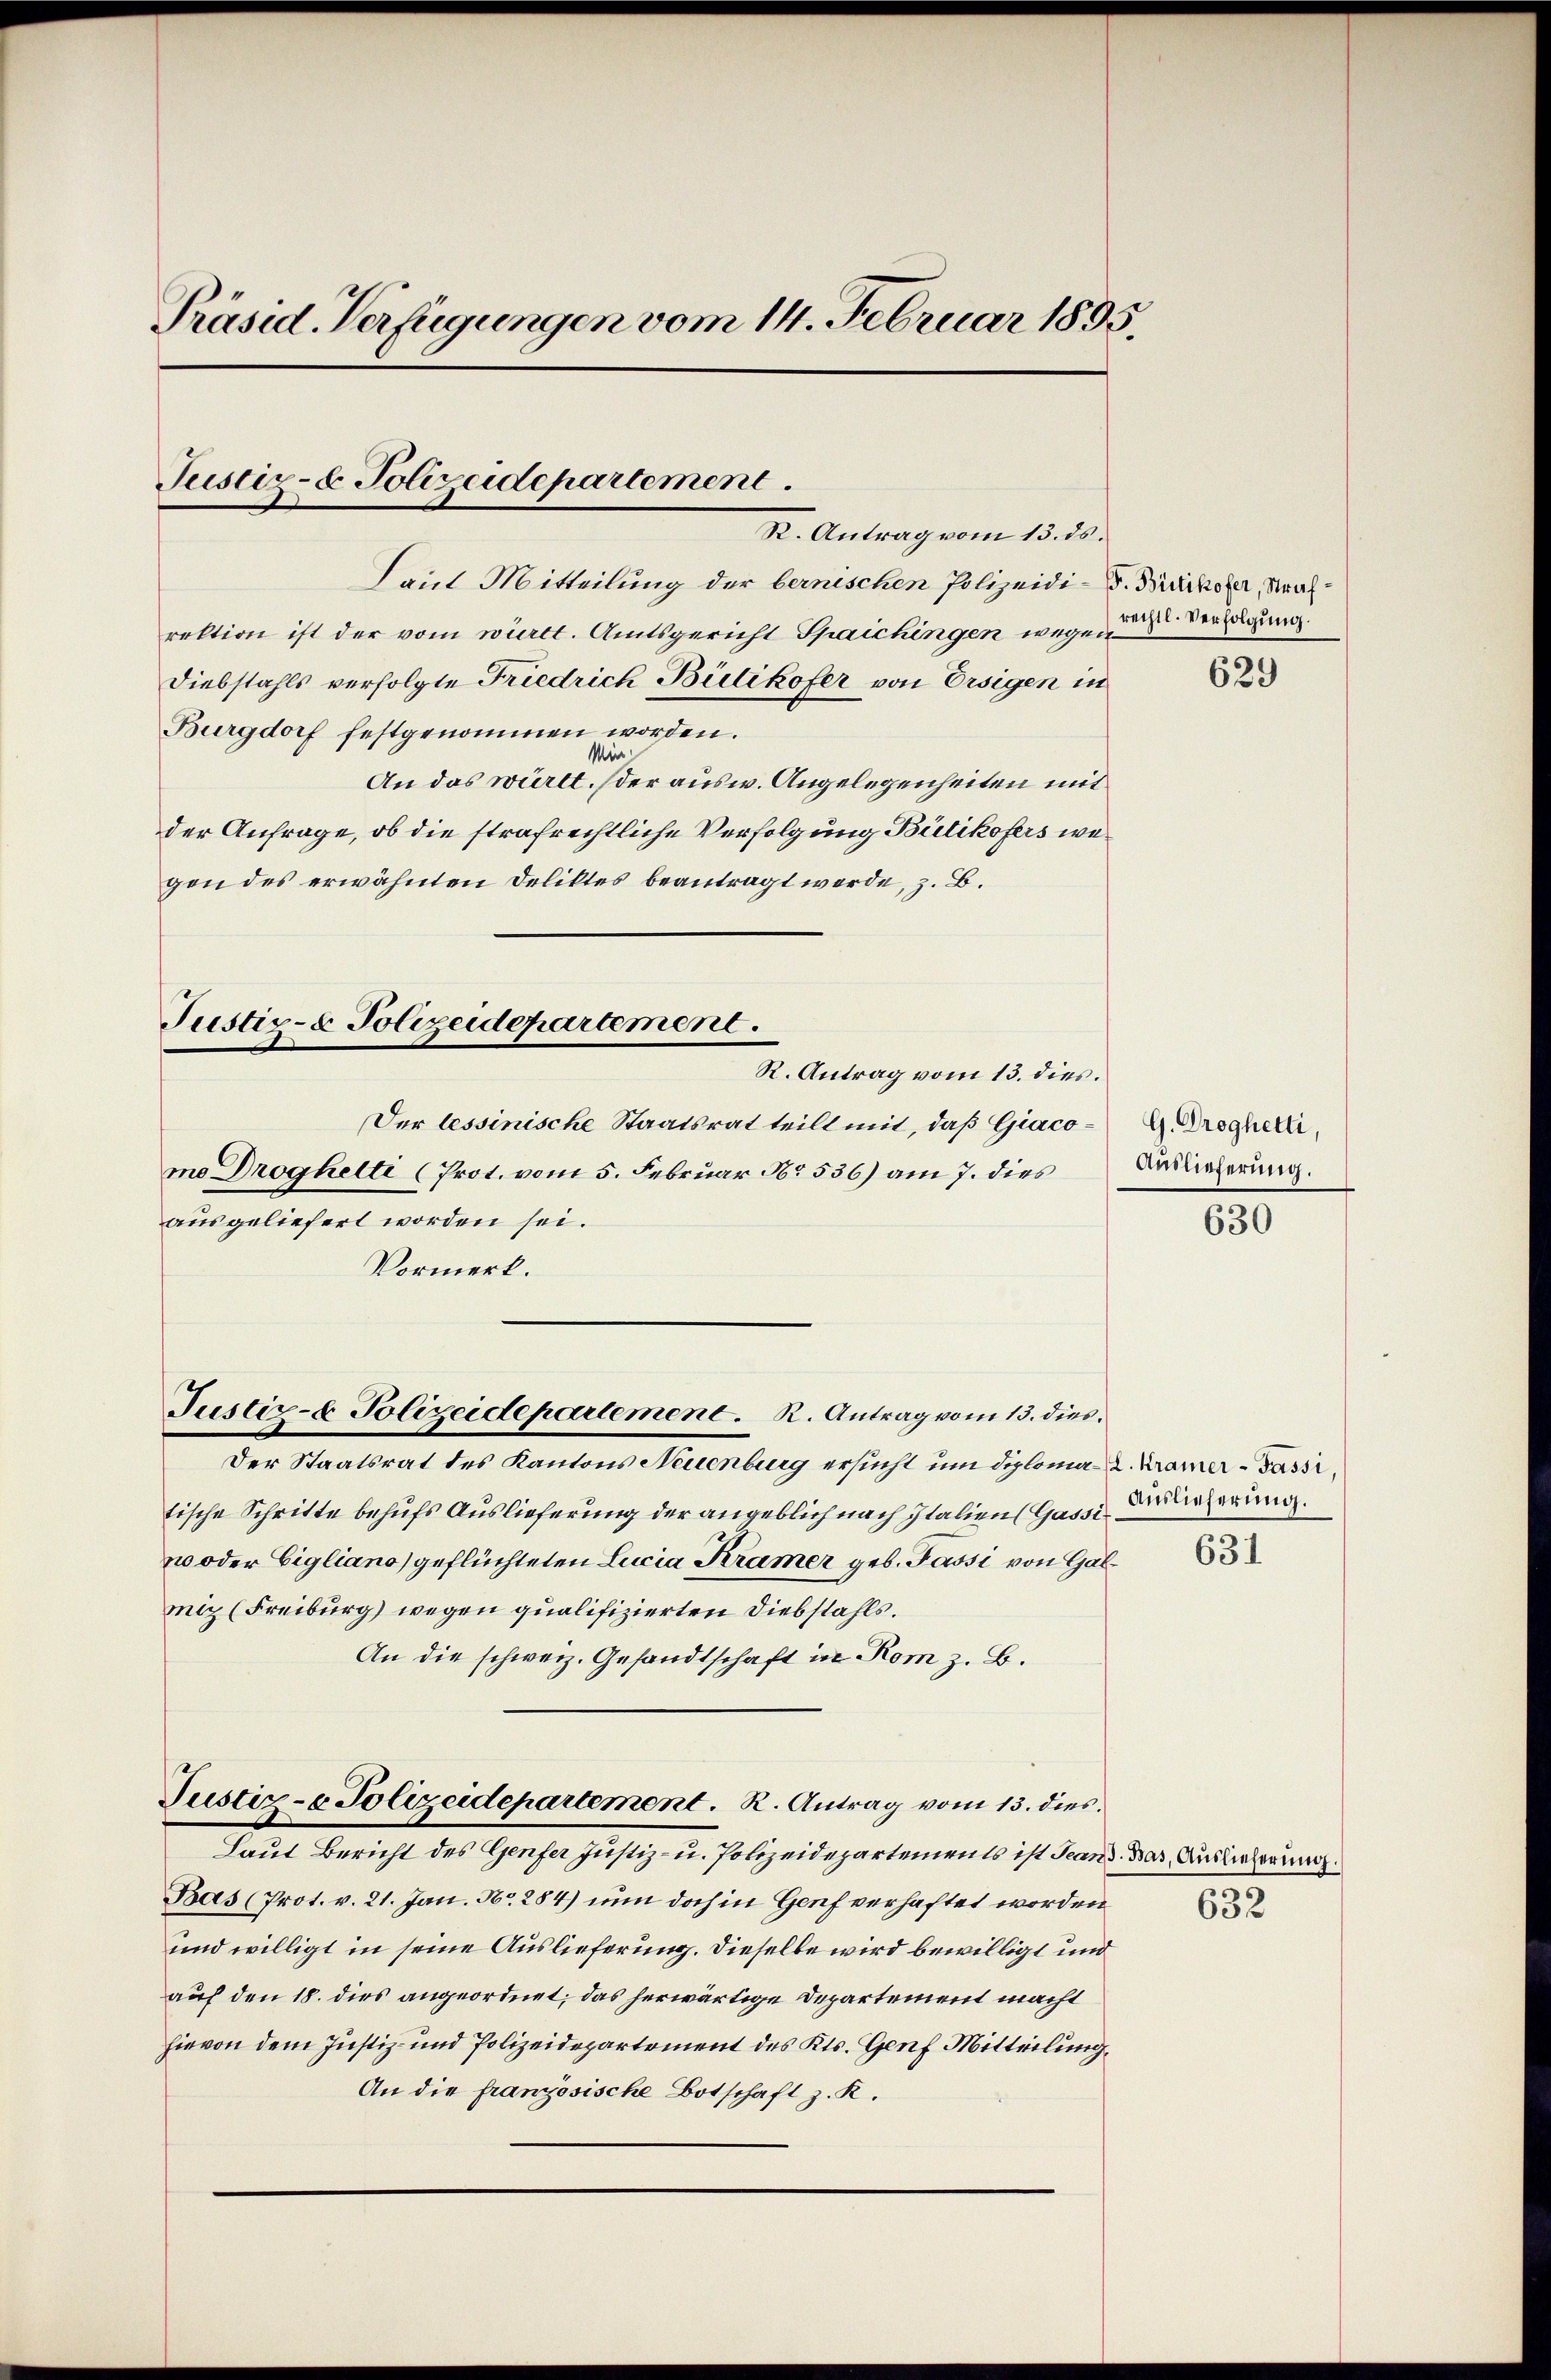
Präsid. Verfügungen vom 14. Februar 1895

Justiz- & Polizeidepartement
K. Antrag vom 13. ds.

Laut Mitteilung der bernischen Polizeidi-B. Brückofer, Strafrektion ist der vom württ. Amtsgericht Spaichingen wegen
Diebstahls verfolgte Friedrich Bülikofer von Ersigen in
Burgdorf festgenommen worden.
An das württ. (der ausw. Angelegenheiten mit
der Anfrage, ob die strafrechtliche Verfolgung Bütikofers wegen des erwähnten Deliktes beantragt werde, z. B.
Der lessinische Staatsrat teilt mit, daß Giacomo Droghelti (Prot. vom 5. Februar No. 536) am 7. dies
ausgeliefert worden sei.
Vormerk.
Justiz- & Polizeidepartement. K. Antrag vom 13. dies
Der Staatsrat des Kantons Neuenburg ersucht um diploma. Kamer-Passi,
tische Schritte behufs Auslieferung der angeblich nach Italien Gasse Delicherung.
no oder Eigliano geflüchteten Lucia Kramer geb. Passi von Galmi (Freiburg) wegen qualifizierten Diebstahls.
An die schweiz. Gesandtschaft in Rom z. B.
Justiz- & Polizeidepartement. R. Antrag vom 13. dies
Laut Bericht des Genfer Justiz- u. Polizeidepartements ist Teand
Bas (Prot. v. 21. Jan. No. 284) nun doch in Genf verhaftet worden
und willigt in seine Auslieferung. Dieselbe wird bewilligt und
auf den 18. dies angeordnet; das herwärtige Departement macht
hievon dem Justiz- und Polizeidepartement des Kts. Genf Mitteilung,
An die französische Botschaft z. K.

Justiz- & Polizeidepartement.
R. Antrag vom 13. dies.

rechtl. Verfolgung.

629

G. Droghetti,
Auslieferung.

630

631

Bas, Auslieferung.)
632